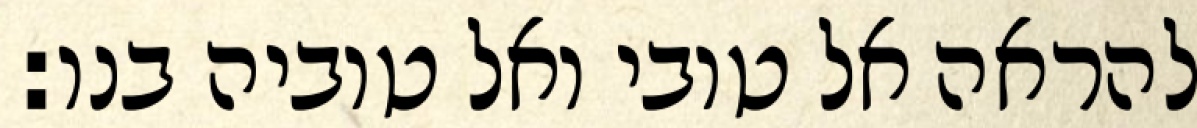
להראה אל טובי ואל טוביה בנו: